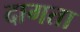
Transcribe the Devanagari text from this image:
दागता